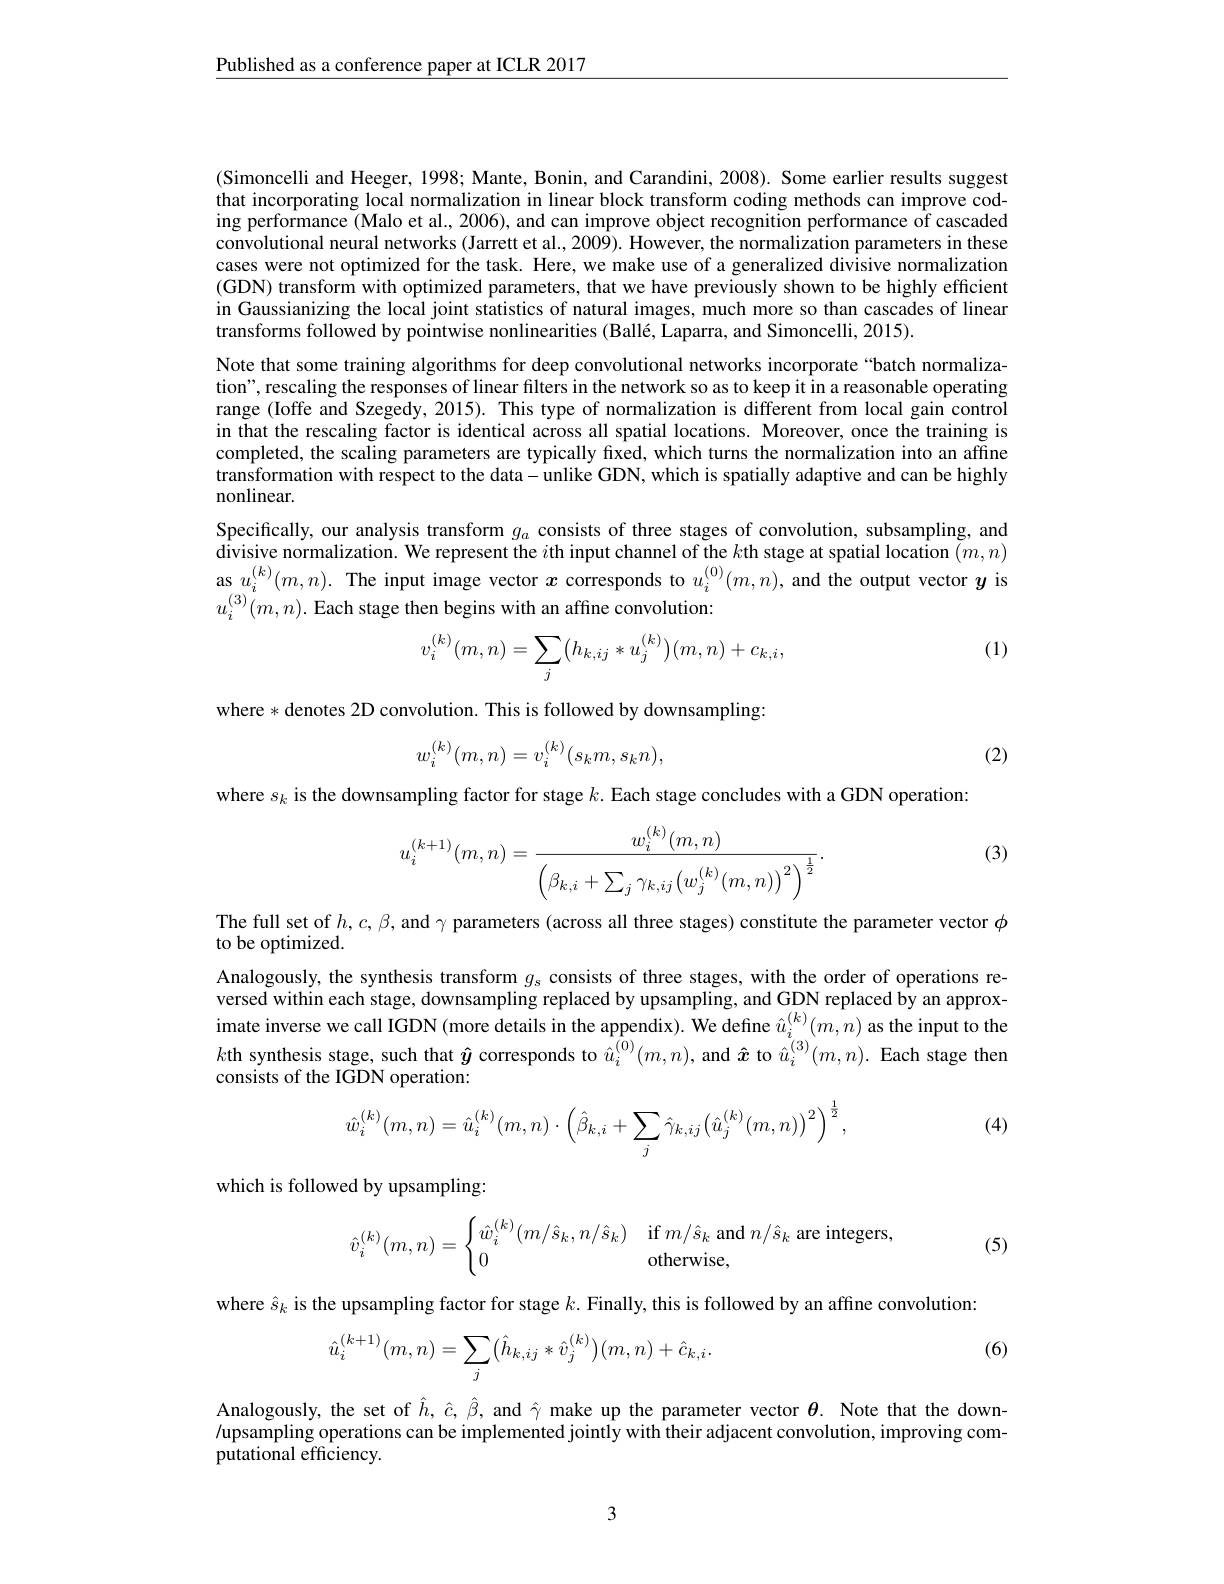
$\underline{\text{Published as a conference paper at ICLR 2017}}$

(Simoncelli and Heeger, 1998; Mante, Bonin, and Carandini, 2008). Some earlier results suggest that incorporating local normalization in linear block transform coding methods can improve coding performance (Malo et al., 2006), and can improve object recognition performance of cascaded convolutional neural networks (Jarrett et al., 2009). However, the normalization parameters in these cases were not optimized for the task. Here, we make use of a generalized divisive normalization (GDN) transform with optimized parameters, that we have previously shown to be highly efficient in Gaussianizing the local joint statistics of natural images, much more so than cascades of linear transforms followed by pointwise nonlinearities (Ballé, Laparra, and Simoncelli, 2015).
Note that some training algorithms for deep convolutional networks incorporate “batch normalization", rescaling the responses of linear filters in the network so as to keep it in a reasonable operating range (Ioffe and Szegedy, 2015). This type of normalization is different from local gain control in that the rescaling factor is identical across all spatial locations. Moreover, once the training is completed, the scaling parameters are typically fixed, which turns the normalization into an affine transformation with respect to the data-unlike GDN, which is spatially adaptive and can be highly nonlinear.
Specifically, our analysis transform $g_a$ consists of three stages of convolution, subsampling, and $\underset{(k)}{\operatorname*{divisive~normalization.}}{\operatorname*{\text{We represent the }i\text{th input channel of the }k\text{th stage at spatial location }}}(m,n)$ as $u_i^{(k)}(m,n).$ The input image vector $x$ corresponds to $u_i^{(0)}(m,n)$, and the output vector $y$ is $u_i^{(3)}(m,n).$ Each stage then begins with an affine convolution:

(1)
$$v_i^{(k)}(m,n)=\sum_j\bigl(h_{k,ij}*u_j^{(k)}\bigr)(m,n)+c_{k,i},$$
where * denotes 2D convolution. This is followed by downsampling:
$$w_i^{(k)}(m,n)=v_i^{(k)}(s_km,s_kn),$$
(2)

where $s_k$ is the downsampling factor for stage $k.$ Each stage concludes with a GDN operation:

(3)
$$u_i^{(k+1)}(m,n)=\frac{w_i^{(k)}(m,n)}{\left(\beta_{k,i}+\sum_j\gamma_{k,ij}\left(w_j^{(k)}(m,n)\right)^2\right)^{\frac{1}{2}}}.$$
The full set of $h,c,\beta$, and $\gamma$ parameters (across all three stages) constitute the parameter vector $\phi$
to be optimized.
Analogously, the synthesis transform $g_s$ consists of three stages, with the order of operations reversed within each stage, downsampling replaced by upsampling, and GDN replaced by an approximate inverse we call IGDN (more details in the appendix). We define $\hat{u}_i^{(k)}(m,n)$ as the input to the $k$th synthesis stage, such that $\hat{y}$ corresponds to $\hat{u}_i^{(0)}(m,n)$, and $\hat{x}$ to $\hat{u}_i^{(3)}(m,n).$ Each stage then consists of the IGDN operation:
$$\hat{w}_i^{(k)}(m,n)=\hat{u}_i^{(k)}(m,n)\cdot\left(\hat{\beta}_{k,i}+\sum_j\hat{\gamma}_{k,ij}\Big(\hat{u}_j^{(k)}(m,n)\Big)^2\right)^{\frac{1}{2}},$$
(4)

which is followed by upsampling:

(5)
$$\hat v_i^{(k)}(m,n)=\begin{cases}\hat w_i^{(k)}(m/\hat s_k,n/\hat s_k)&\text{if}m/\hat s_k\text{and}n/\hat s_k\text{are integers,}\\0&\text{otherwise,}\end{cases}$$
where $\hat{s}_k$ is the upsampling factor for stage $k.$ Finally, this is followed by an affine convolution:
$$\hat{u}_{i}^{(k+1)}(m,n)=\sum_{j}\bigl(\hat{h}_{k,ij}*\hat{v}_{j}^{(k)}\bigr)(m,n)+\hat{c}_{k,i}.$$
(6)

Analogously, the set of $\hat{h},\hat{c},\hat{\beta}$, and $\hat{\gamma}$ make up the parameter vector $\theta.$ Note that the down- /upsampling operations can be implemented jointly with their adjacent convolution, improving computational efficiency.

3